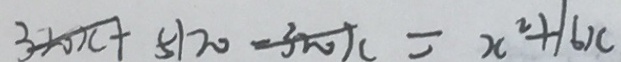
3 2 0 x + 5 1 2 0 - 3 n x = x ^ { 2 } + 1 6 x